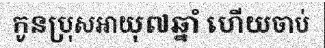
កូនប្រុសអាយុ៧ឆ្នាំ ហើយចាប់